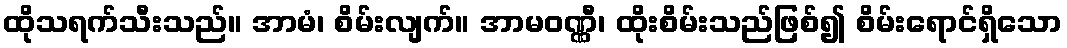
ထိုသရက်သီးသည်။ အာမံ၊ စိမ်းလျက်။ အာမဝဏ္ဏီ၊ ထိုးစိမ်းသည်ဖြစ်၍ စိမ်းရောင်ရှိသော